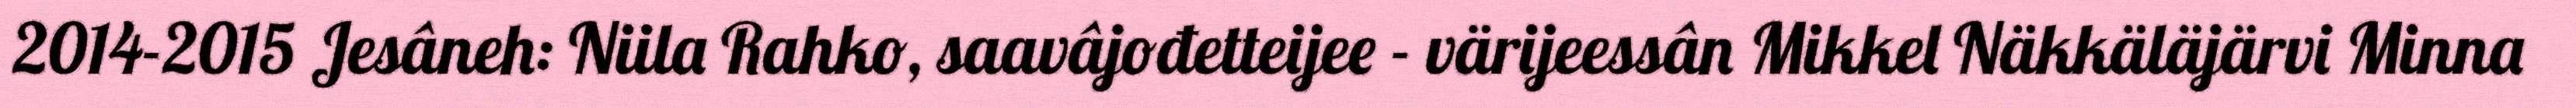
2014-2015 Jesâneh: Niila Rahko, saavâjođetteijee - värijeessân Mikkel Näkkäläjärvi Minna